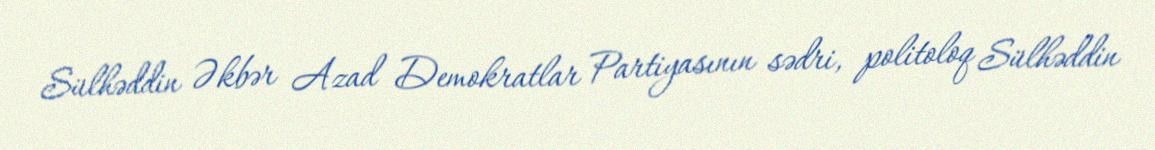
Sülhəddin Əkbər Azad Demokratlar Partiyasının sədri, politoloq Sülhəddin